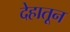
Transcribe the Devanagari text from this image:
देहातून